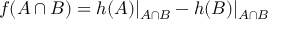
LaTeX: f ( A \cap B ) = h ( A ) | _ { A \cap B } - h ( B ) | _ { A \cap B }